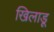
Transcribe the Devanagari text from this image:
खिलाडू